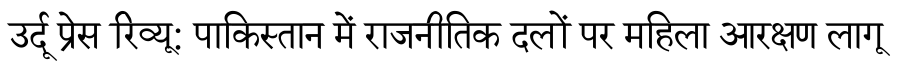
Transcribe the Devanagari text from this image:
उर्दू प्रेस रिव्यू: पाकिस्तान में राजनीतिक दलों पर महिला आरक्षण लागू